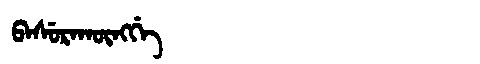
Manchu: ᠪᠠᠰᡠᡵᠠᡴᡡᠩᡤᡝ
Romanization: BASURAKŪNGGE